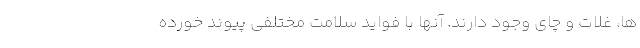
ها، غلات و چای وجود دارند. آنها با فواید سلامت مختلفی پیوند خورده